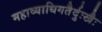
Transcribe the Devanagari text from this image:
महाव्याधिगतैर्दुःखैः